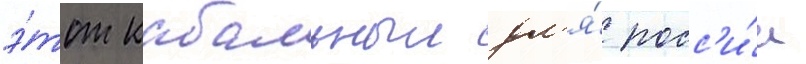
э́тот кабальныи дл'я́ росс'и́и